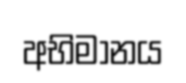
අභිමානය